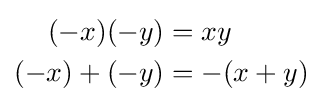
{\begin{aligned}(-x)(-y)&=xy\\(-x)+(-y)&=-(x+y)\end{aligned}}